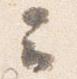
云